Elephants and their diseases
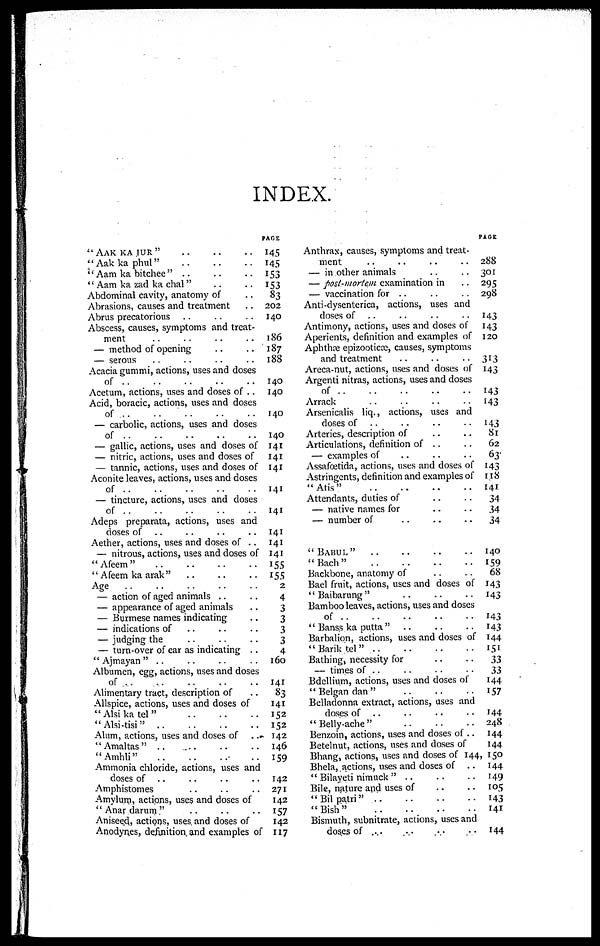
INDEX.
"AAK KA JUR"
" Aak ka phul"
" Aam ka bitchee " ..
'' Aam ka zad ka chal"
Abdominal cavity, anatomy of
Abrasions, causes and treatment
Abrus precatorious
Abscess, causes, symptoms and treat-
ment
— method of opening
— serous
Acacia gummi, actions, uses and doses
of
Acetum, actions, uses and doses of ..
Acid, boracic, actions, uses and doses
of ..
..
— carbolic, actions, uses and doses
of
— gallic, actions, uses and doses of
— nitric, actions, uses and doses of
— tannic, actions, uses and doses of
Aconite leaves, actions, uses and doses
of
— tincture, actions, uses and doses
of
Adeps preparata, actions, uses and
doses of
Aether, actions, uses and doses of ..
— nitrous, actions, uses and doses of
" Afeem "
" Afeem ka arak"
Age
— action of aged animals ..
— appearance of aged animals
— Burmese names indicating
— indications of
— judging the
— turn-over of ear as indicating ..
" Ajmayan " ..
Albumen, egg, actions, uses and doses
of
Alimentary tract, description of
Allspice, actions, uses and doses of
"Alsi ka tel"
"Alsi-tisi"
Alum, actions, uses and doses of
"Amaltas" ..
"Amhli"
Ammonia chloride, actions, uses and
doses of ..
Amphistomes
Amylum, actions, uses and doses of
"Anar darum"
Aniseed, actions, uses and doses of
Anodynes, definition and examples of
PAGE
145
145
153
153
83
202
140
186
187
188
140
140
140
140
141
141
141
141
141
141
141
141
155
155
2
4
3
3
3
3
4
160
141
83
141
152
152
142
146
159
142
271
142
157
142
117
Anthrax, causes, symptoms and treat-
ment
— in other animals
— post-mortem examination in
— vaccination for ..
Anti-dysenterica, actions, uses and
doses of
Antimony, actions, uses and doses of
Aperients, definition and examples of
Apbthæ epizootics:, causes, symptoms
and treatment
Areca-nut, actions, uses and doses of
Argenti nitras, actions, uses and doses
of
Arrack
Arsenicalis liq., actions, uses and
doses of
Arteries, description of
Articulations, definition of ..
— examples of
Assafœtida, actions, uses and doses of
Astringents, definition and examples of
"Atis"
Attendants, duties of
— native names for
— number of
"BABUL"
..
" Bach"
Backbone, anatomy of
Bael fruit, actions, uses and doses of
'' Baibarung "
Bamboo leaves, actions, uses and doses
of
" Banss ka putta"
Barbalion, actions, uses and doses of
"Barik tel"
Bathing, necessity for
— times of ....
Bdellium, actions, uses and doses of
" Belgan dan"
Belladonna extract, actions, uses and
doses of
"Belly-ache"
Benzoin, actions, uses and doses of ..
Betelnut, actions, uses and doses of
Bhang, actions, uses and doses of 144
Bhela, actions, uses and doses of ..
" Bilayeti nimuck "
Bile, nature and uses of
"Bil patri"
"Bish"
Bismuth, subnitrate, actions, uses and
doses of ,..,.
PAGE
288
301
295
298
143
143
120
313
143
143
143
143
81
62
63
143
118
141
34
34
34
140
159
68
143
143
143
143
144
151
33
33
144
157
144
248
144
144
150
144
149
105
143
141
144